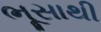
ભૂસાથી